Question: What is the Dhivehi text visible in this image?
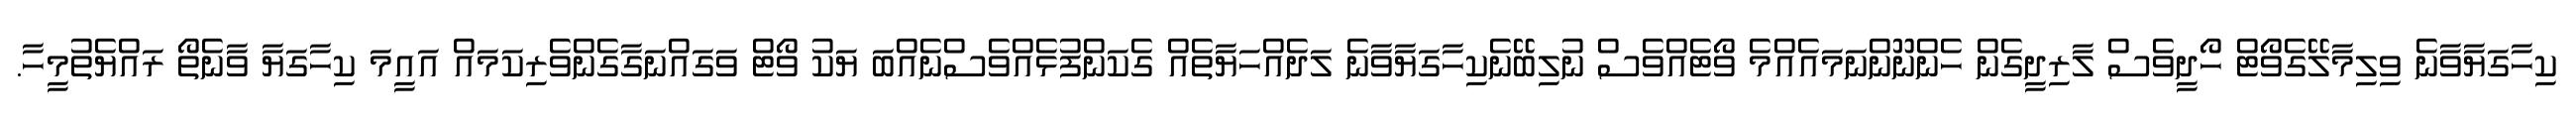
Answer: ކިހާގަޔާވާނެ ވިލިމާލޭގެވޯޓް ހޯދީވެސް ލާރިދީގެން ހެންނޫންނަމައެއްމެ ވޯޓެއްވެސް ނުލިބޭނެކިހާގަޔާވާނެ ލަދެއްހަޔާތެއް ގެކަންފުޅެއްވެސްނެއްބަ ޔަކު ވޯޓް ވަގައްނަގާގެންވެރިކަމައް އައީމަ ކިހާގަޔާ ވާނެތޯ ރައްޔެތުމީހާ.